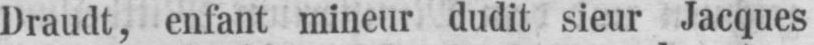
Draudt, enfant mineur dudit sieur Jacques